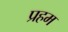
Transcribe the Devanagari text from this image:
प्रहम